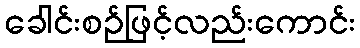
ခေါင်းစဉ်ဖြင့်လည်းကောင်း